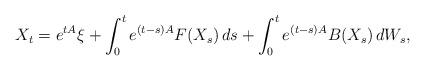
LaTeX: \begin{align*}X_t = e^{tA} \xi + \int_0^t e^{(t-s)A}F(X_s) \, ds+\int_0^t e^{(t-s)A} B(X_s) \, dW_s,\end{align*}